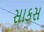
સાકસ